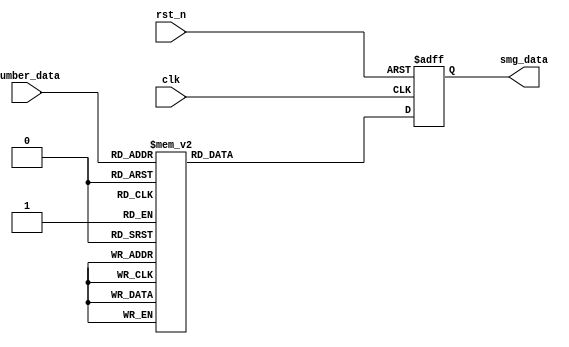
`timescale 1ns / 1ps
//////////////////////////////////////////////////////////////////////////////////
// Company: 
// Engineer: 
// 
// Design Name: 
// Module Name:    smg_encode_module 
// Project Name: 
// Target Devices: 
// Tool versions: 
// Description: 
//
// Dependencies: 
//
// Revision: 
// Revision 0.01 - File Created
// Additional Comments: 
//
//////////////////////////////////////////////////////////////////////////////////
module smg_encode_module(
    clk,
    rst_n,
    number_data,
    smg_data
    );
    
    input clk;
    input rst_n;
    
    input [3:0]number_data;
    output [7:0]smg_data;
    
    /*
     * 6: 
     * 
     * char code table[]={0xc0,0xf9,0xa4,0xb0,0x99,0x92,0x82,0xf8,0x80,0x90,0x88,0x83,0xc6,0xa1,0x86,0x8e};
     * char code table[]={0x3f,0x06,0x5b,0x4f,0x66,0x6d,0x7d,0x07,0x7f,0x6f,0x77,0x7c,0x39,0x5e,0x79,0x71};
     */
    parameter _0 = 8'b1100_0000;
    parameter _1 = 8'b1111_1001;
    parameter _2 = 8'b1010_0100;
    parameter _3 = 8'b1011_0000;
    parameter _4 = 8'b1001_1001;
    parameter _5 = 8'b1001_0010;
    parameter _6 = 8'b1000_0010;
    parameter _7 = 8'b1111_1000;
    parameter _8 = 8'b1000_0000;
    parameter _9 = 8'b1001_0000;
    parameter _a = 8'b1000_1000;
    parameter _b = 8'b1000_0011;
    parameter _c = 8'b1100_0110;
    parameter _d = 8'b1010_0001;
    parameter _e = 8'b1000_0110;
    parameter _f = 8'b1000_1110;

    parameter _z = 8'b1111_1111;

    reg [7:0]rSmg;
    
    always @(posedge clk or negedge rst_n) begin
        if (!rst_n)
            rSmg <= _z;
        else
            case(number_data)
            
                4'd0:  rSmg<= _0;
                4'd1:  rSmg<= _1;
                4'd2:  rSmg<= _2;
                4'd3:  rSmg<= _3;
                4'd4:  rSmg<= _4;
                4'd5:  rSmg<= _5;
                4'd6:  rSmg<= _6;
                4'd7:  rSmg<= _7;
                4'd8:  rSmg<= _8;
                4'd9:  rSmg<= _9;
                4'd10: rSmg<= _a;
                4'd11: rSmg<= _b;
                4'd12: rSmg<= _c;
                4'd13: rSmg<= _d;
                4'd14: rSmg<= _e;
                4'd15: rSmg<= _f;
            
            endcase
    end
    
    assign smg_data = rSmg;

endmodule